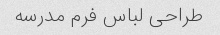
طراحی لباس فرم مدرسه